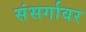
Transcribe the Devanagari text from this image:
संसर्गावर